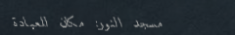
مسجد النور: مكان للعبادة